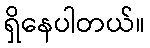
ရှိနေပါတယ်။